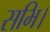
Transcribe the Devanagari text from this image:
सभि।